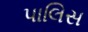
પાલિસ